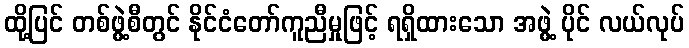
ထို့ပြင် တစ်ဖွဲ့စီတွင် နိုင်ငံတော်ကူညီမှုဖြင့် ရရှိထားသော အဖွဲ့ ပိုင် လယ်လုပ်